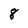
Character: 8